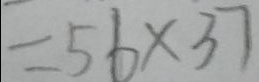
= 5 6 \times 3 7